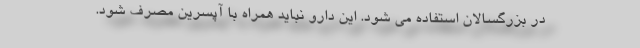
در بزرگسالان استفاده می شود. این دارو نباید همراه با آپسرین مصرف شود.